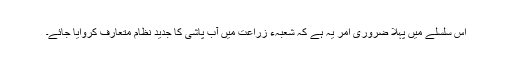
اس سلسلے میں پہلا ضروری امر یہ ہے کہ شعبہء زراعت میں آب پاشی کا جدید نظام متعارف کروایا جائے۔